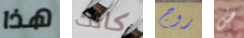
هذا كانت روج ض